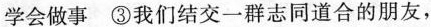
学会做事 ③我们结交一群志同道合的朋友，